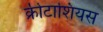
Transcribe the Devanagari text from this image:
क्रीटाशियस